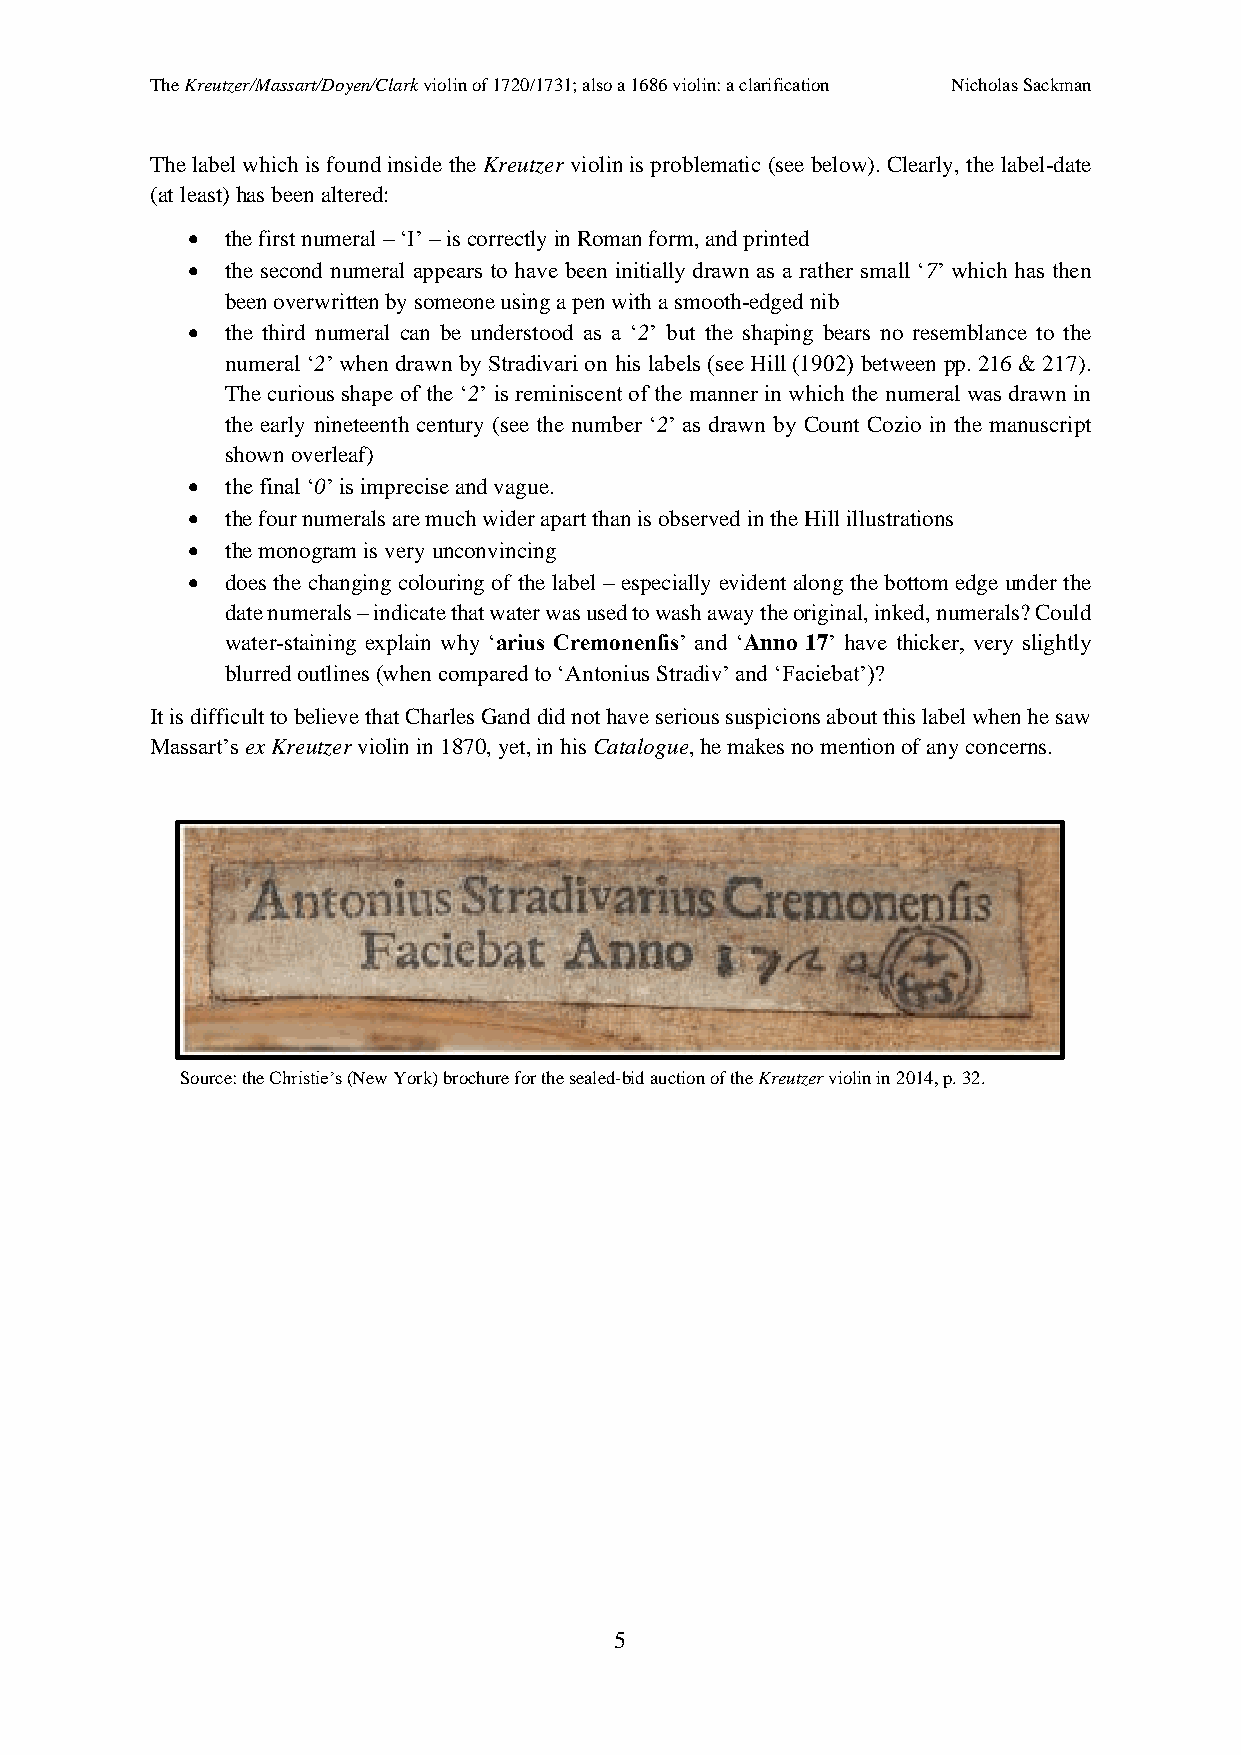
The Kreutzer/Massart/Doyen/Clark violin of 1720/1731; also a 1686 violin: a clarification Nicholas Sackman
 The label which is found inside the Kreutzer violin is problematic (see below). Clearly, the label-date
 (at least) has been altered:
 •  the first numeral – ‘I’ – is correctly in Roman form, and printed
 •  the second numeral appears to have been initially drawn as a rather small ‘7’ which has then
 been overwritten by someone using a pen with a smooth-edged nib
 •  the third numeral can be understood as a ‘2’ but the shaping bears no resemblance to the
 numeral ‘2’ when drawn by Stradivari on his labels (see Hill (1902) between pp. 216 & 217).
 The curious shape of the ‘2’ is reminiscent of the manner in which the numeral was drawn in
 the early nineteenth century (see the number ‘2’ as drawn by Count Cozio in the manuscript
 shown overleaf)
 •  the final ‘0’ is imprecise and vague.
 •  the four numerals are much wider apart than is observed in the Hill illustrations
 •  the monogram is very unconvincing
 •  does the changing colouring of the label – especially evident along the bottom edge under the
 date numerals – indicate that water was used to wash away the original, inked, numerals? Could
 water-staining explain why ‘arius Cremonenſis’ and ‘Anno 17’ have thicker, very slightly
 blurred outlines (when compared to ‘Antonius Stradiv’ and ‘Faciebat’)?
 It is difficult to believe that Charles Gand did not have serious suspicions about this label when he saw
 Massart’s ex Kreutzer violin in 1870, yet, in his Catalogue, he makes no mention of any concerns.
 Source: the Christie’s (New York) brochure for the sealed-bid auction of the Kreutzer violin in 2014, p. 32.
 5